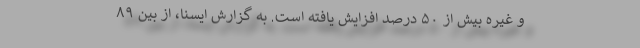
و غیره بیش از ۵۰ درصد افزایش یافته است. به گزارش ایسنا، از بین ۸۹